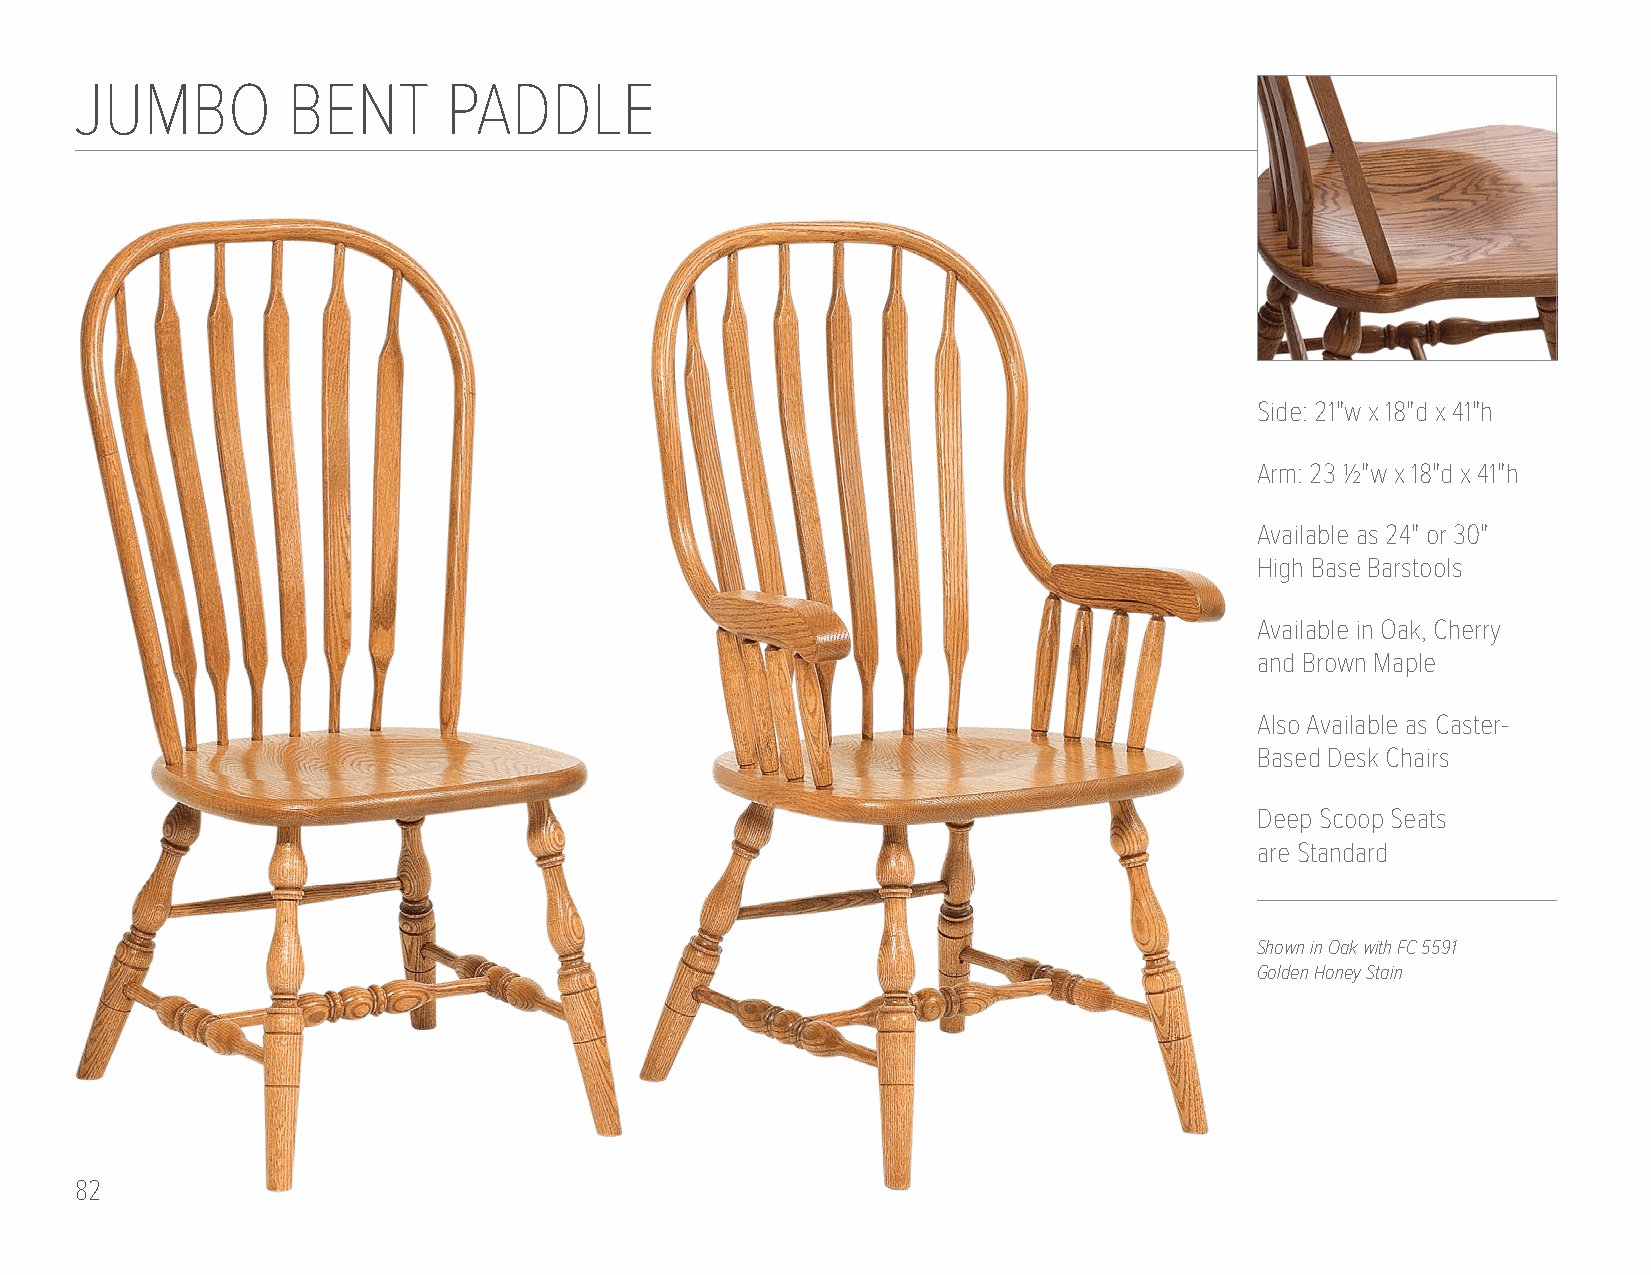
JUMBO         BENT       PADDLE
 Side: 21"w x 18"d x 41"h
 Arm: 23 1/2"w x 18"d x 41"h
 Available as 24" or 30"
 High Base Barstools
 Available in Oak, Cherry
 and Brown Maple
 Also Available as Caster-
 Based Desk Chairs
 Deep Scoop Seats
 are Standard
 Shown in Oak with FC 5591
 Golden Honey Stain
 82